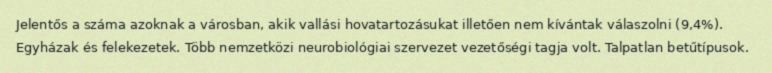
Jelentős a száma azoknak a városban, akik vallási hovatartozásukat illetően nem kívántak válaszolni (9,4%). Egyházak és felekezetek. Több nemzetközi neurobiológiai szervezet vezetőségi tagja volt. Talpatlan betűtípusok.